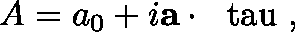
A = a _ { 0 } + i { \bf a } \cdot \mathrm { \boldmath ~ \ t a u ~ } ,